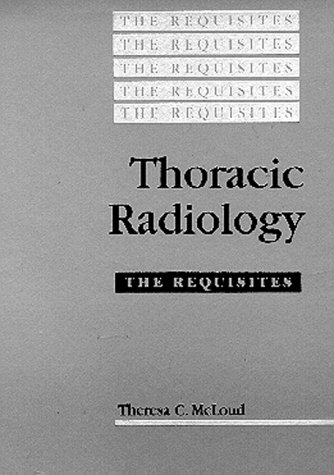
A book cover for Thoracic Radiology: the Requisites; Theresa C. McLoud MD; Medical Books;